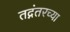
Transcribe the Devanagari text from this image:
तद्नंतरच्या